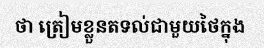
ថា ត្រៀមខ្លួនតទល់ជាមួយថៃក្នុង